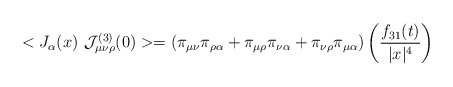
\begin{align*}<J_{\alpha }(x)~{\cal J}_{\mu \nu \rho }^{(3)}(0)>=(\pi _{\mu \nu }\pi_{\rho \alpha }+\pi _{\mu \rho }\pi _{\nu \alpha }+\pi _{\nu \rho }\pi _{\mu\alpha })\left( \frac{f_{31}(t)}{|x|^{4}}\right) \end{align*}